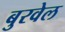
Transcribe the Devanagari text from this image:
बुरवेल